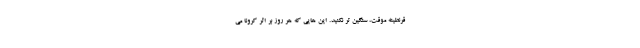
قرنطینه موقت، سنگین تر نکنید. این هایی که هر روز بر اثر کرونا می